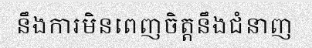
នឹងការមិនពេញចិត្តនឹងជំនាញ